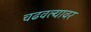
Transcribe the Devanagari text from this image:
चढवल्यावर